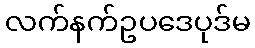
လက်နက်ဥပဒေပုဒ်မ